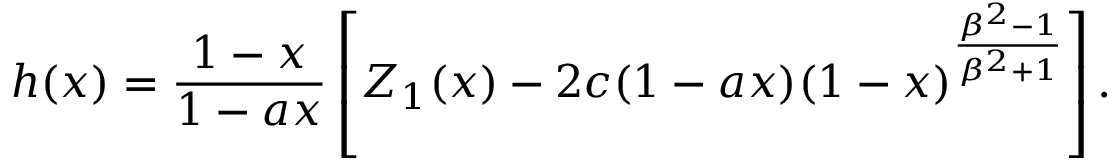
h ( x ) = { \frac { 1 - x } { 1 - a x } } \left[ { \cal Z } _ { 1 } ( x ) - 2 c ( 1 - a x ) ( 1 - x ) ^ { \frac { \beta ^ { 2 } - 1 } { \beta ^ { 2 } + 1 } } \right] .